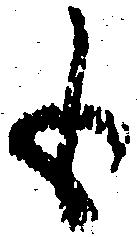
も